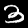
Label: 3